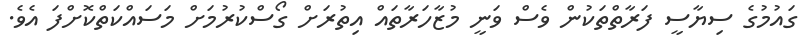
ގައުމުގެ ސިޔާސީ ފަރާތްތަކުން ވެސް ވަނީ މުޒާހަރާތައް އިތުރަށް ގޯސްކުރުމަށް މަސައްކަތްކޮށްފަ އެވެ.